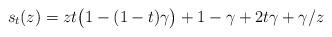
LaTeX: \begin{align*} s_{t}(z) = z t \big(1-(1-t) \gamma\big) + 1-\gamma +2t\gamma + \gamma/z \end{align*}